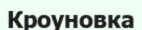
Кроуновка